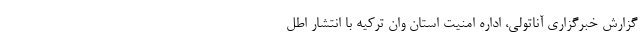
گزارش خبرگزاری آناتولی، اداره امنیت استان وان ترکیه با انتشار اطل